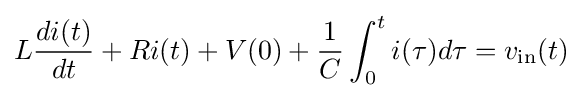
L{\frac {di(t)}{dt}}+Ri(t)+V(0)+{\frac {1}{C}}\int _{0}^{t}i(\tau )d\tau =v_{\text{in}}(t)